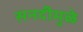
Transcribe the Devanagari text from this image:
सनदीमुळे